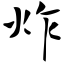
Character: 炸